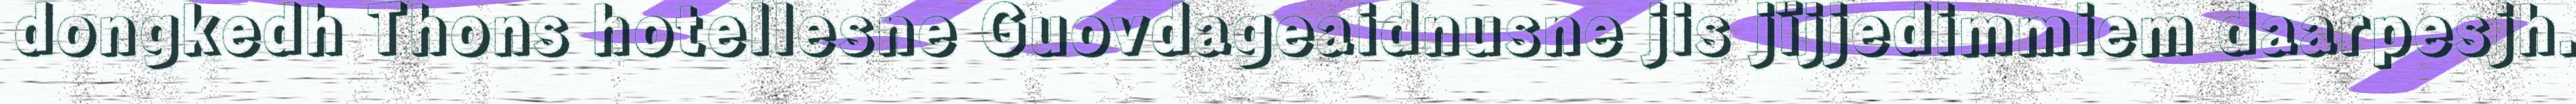
dongkedh Thons hotellesne Guovdageaidnusne jis jïjjedimmiem daarpesjh.